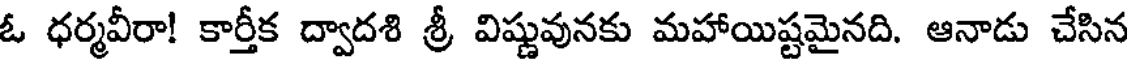
ఓ ధర్మవీరా! కార్తీక ద్వాదశి శ్రీ విష్ణువునకు మహాయిష్టమైనది. ఆనాడు చేసిన